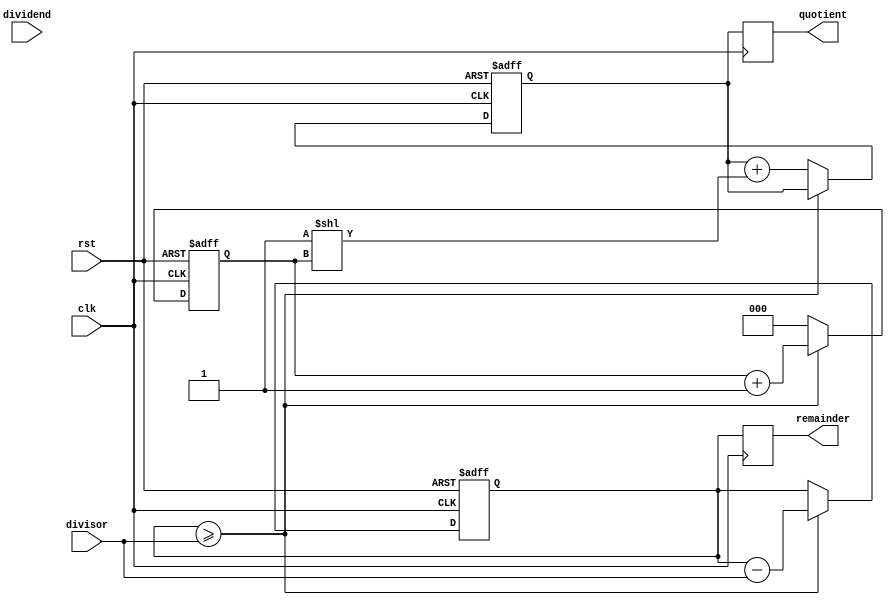
module counter_based_divider (
    input clk,
    input rst,
    input [7:0] dividend,
    input [7:0] divisor,
    output reg [7:0] quotient,
    output reg [7:0] remainder
);

reg [7:0] temp_remainder;
reg [7:0] temp_quotient;
reg [2:0] counter;

always @(posedge clk or posedge rst) begin
    if (rst) begin
        temp_remainder <= 8'b0;
        temp_quotient <= 8'b0;
        counter <= 3'b0;
    end else begin
        if (temp_remainder >= divisor) begin
            temp_remainder <= temp_remainder - divisor;
            counter <= counter + 1;
        end else begin
            temp_quotient <= temp_quotient + (1 << counter);
            counter <= 3'b0;
        end
    end
end

always @(posedge clk) begin
    quotient <= temp_quotient;
    remainder <= temp_remainder;
end

endmodule